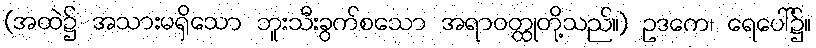
(အထဲ၌ အသားမရှိသော ဘူးသီးခွက်စသော အရာဝတ္ထုတို့သည်။) ဥဒကေ၊ ရေပေါ်၌။